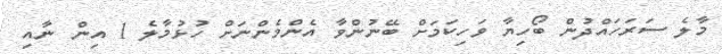
މާލެ ސަރަހައްދުން ބޯހިޔާ ވަހިކަމަށް ބޭނުންވާ އެންމެންނަށް ހުޅުމާލެ 1 އިން ނާއި